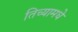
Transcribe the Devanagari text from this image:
तिच्यामधे